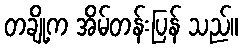
တချို့က အိမ်တန်းပြန် သည်။